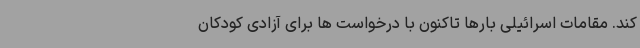
کند. مقامات اسرائیلی بارها تاکنون با درخواست ها برای آزادی کودکان